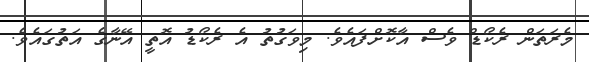
މެރަތަން ރެކޯޑް ވެސް އާކޮށްފައެވެ. މިވަގުތު އެ ރެކޯޑު އޮތީ އޭނާގެ އަތުގައެވެ.